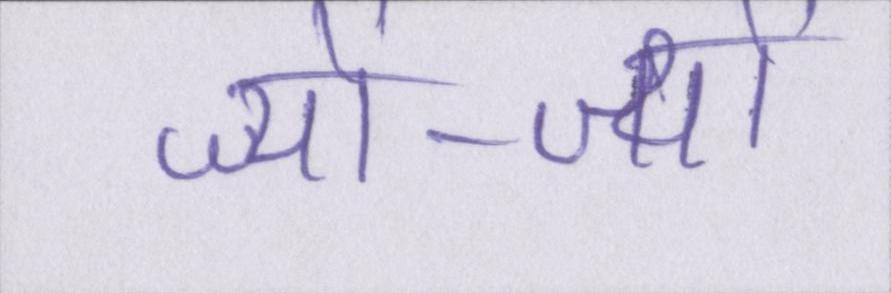
ज्यों-ज्यों